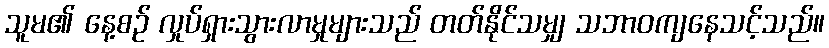
သူမ၏ နေ့စဉ် လှုပ်ရှားသွားလာမှုများသည် တတ်နိုင်သမျှ သဘာဝကျနေသင့်သည်။